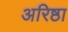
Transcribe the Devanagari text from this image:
अरिष्ठा